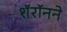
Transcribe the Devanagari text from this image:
शॅरॉनने